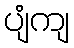
ပျံကျ